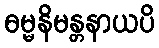
ဓမ္မနိမန္တနာယပိ